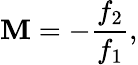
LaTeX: \mathbf{M}=-{\frac{{f_{2}}}{{f_{1}}}},